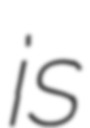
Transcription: is